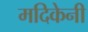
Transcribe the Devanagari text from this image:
मदिकेनी